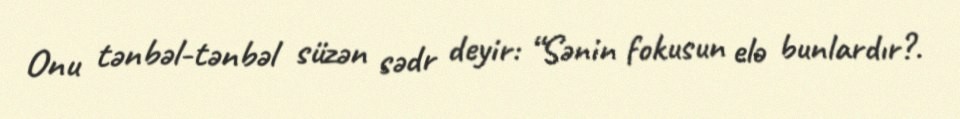
Onu tənbəl-tənbəl süzən sədr deyir: “Sənin fokusun elə bunlardır?.